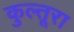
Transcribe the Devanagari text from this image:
कुल्तूरा